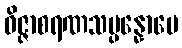
ဝိဇ္ဇာစရဏသမ္ပန္နောပေ